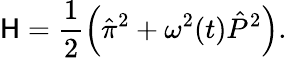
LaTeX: \mathsf{H}=\frac{{1}}{{2}}\left(\hat{{\pi}}^{2}+{\omega^{2}(t)}\hat{{P}}^{2}\right).